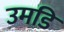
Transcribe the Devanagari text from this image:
उमडि